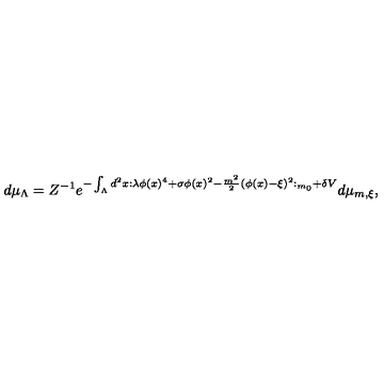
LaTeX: d \mu _ { \Lambda } = Z ^ { - 1 } e ^ { - \int _ { \Lambda } d ^ { 2 } x : \lambda \phi ( x ) ^ { 4 } + \sigma \phi ( x ) ^ { 2 } - \frac { m ^ { 2 } } { 2 } ( \phi ( x ) - \xi ) ^ { 2 } : _ { m _ { 0 } } + \delta V } d \mu _ { m , \xi } ,